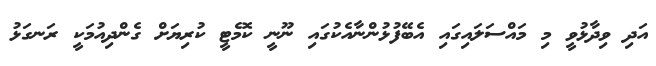
އަދި ވިދާޅުވީ މި މައްސަލައިގައި އެބޭފުޅުންނާއެކުގައި ނޫނީ ކޮމެޓީ ކުރިޔަށް ގެންދިއުމަކީ ރަނގަޅު